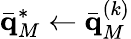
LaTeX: \bar{\mathbf q}_{M}^{*}\gets\bar{\mathbf q}_{M}^{(k)}